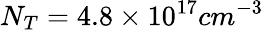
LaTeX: N_{T}=4.8\times 10^{17}cm^{-3}